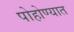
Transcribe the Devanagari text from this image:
पोहोण्यात